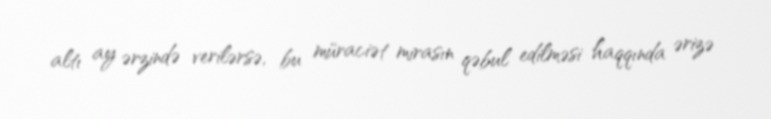
altı ay ərzində verilərsə, bu müraciət mirasın qəbul edilməsi haqqında ərizə